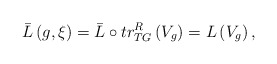
\begin{align*}\bar{L}\left( g,\xi \right) =\bar{L}\circ tr_{TG}^{R}\left(V_{g}\right) =L\left( V_{g}\right) , \end{align*}